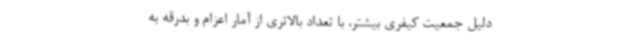
دلیل جمعیت کیفری بیشتر، با تعداد بالاتری از آمار اعزام و بدرقه به